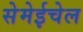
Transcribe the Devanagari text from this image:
सेमेईचेल